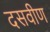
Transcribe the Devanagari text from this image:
दसवीण